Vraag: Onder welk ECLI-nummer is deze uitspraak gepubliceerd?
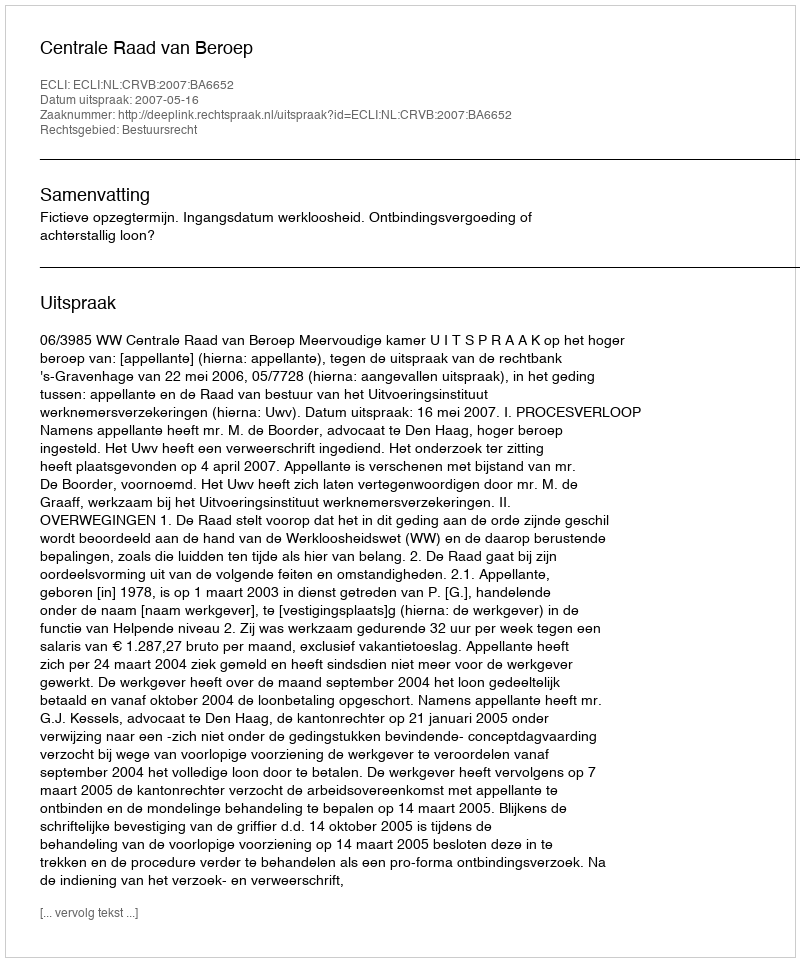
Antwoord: ECLI:NL:CRVB:2007:BA6652